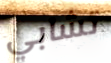
تشابي